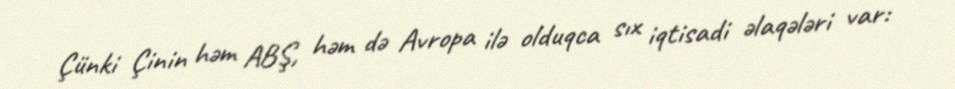
Çünki Çinin həm ABŞ, həm də Avropa ilə olduqca sıx iqtisadi əlaqələri var: